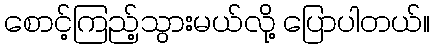
စောင့်ကြည့်သွားမယ်လို့ ပြောပါတယ်။